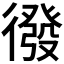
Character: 𭜄